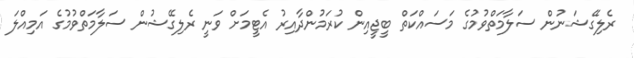
ރެލިގޭޝަނުން ސަލާމަތްވުމުުގެ މަސައްކަތް ބީޖީއިން ކުރަމުންދާއިރު އެޓީމަށް ވަނީ ރެލިގޭޝުން ސަލާމަތްވުމުގެ އަމިއްލަ